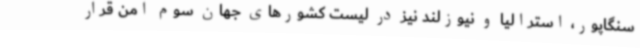
سنگاپور، استرالیا و نیوزلند نیز در لیست کشورهای جهان سوم امن قرار